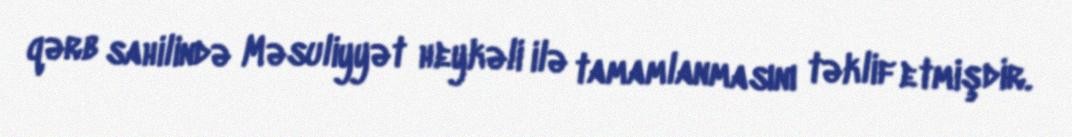
qərb sahilində Məsuliyyət heykəli ilə tamamlanmasını təklif etmişdir.